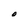
Character: O